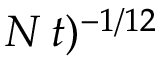
N \, t ) ^ { - 1 / 1 2 }